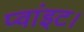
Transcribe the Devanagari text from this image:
प्‍वांइट।